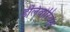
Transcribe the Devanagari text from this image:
डेलिवोरियस